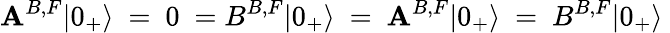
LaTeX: \mathbf{A}^{B,F}|0_{+}\rangle~=~0~=B^{B,F}|0_{+}\rangle~=~\mathbf{A}^{B,F}|0_{+}\rangle~=~B^{B,F}|0_{+}\rangle~